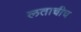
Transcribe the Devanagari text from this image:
लताचीच